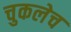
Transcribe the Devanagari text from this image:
चुकलेच